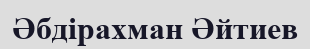
Әбдірахман Әйтиев